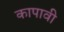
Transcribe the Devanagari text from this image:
कापावी